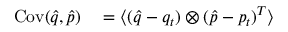
\begin{array} { r l } { \operatorname { C o v } ( \hat { q } , \hat { p } ) } & { { } = \langle ( \hat { q } - q _ { t } ) \otimes ( \hat { p } - p _ { t } ) ^ { T } \rangle } \end{array}